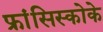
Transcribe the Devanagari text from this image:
फ्रांसिस्कोके